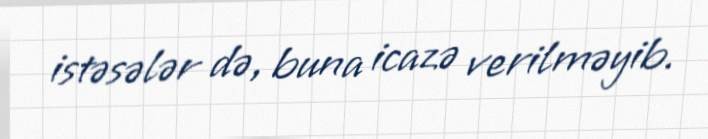
istəsələr də, buna icazə verilməyib.